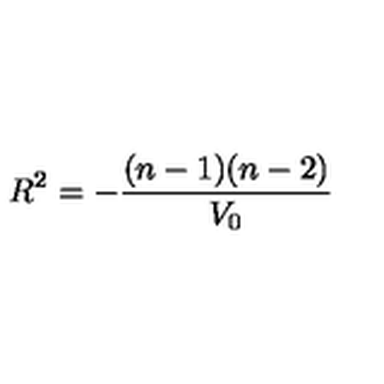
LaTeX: R ^ { 2 } = - \frac { ( n - 1 ) ( n - 2 ) } { V _ { 0 } }